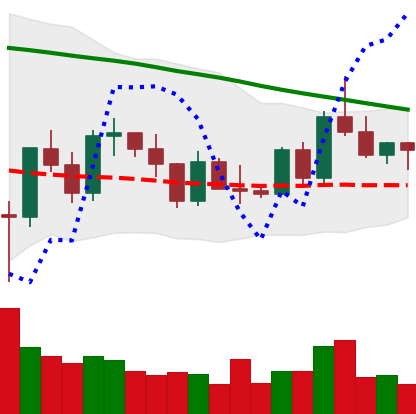
Ticker: XRP-USD
Chart end date: 2022-03-15
Forward return: 5.13%
Label: up_5_7